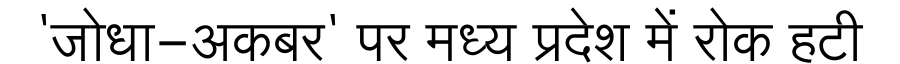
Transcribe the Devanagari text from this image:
'जोधा-अकबर' पर मध्य प्रदेश में रोक हटी